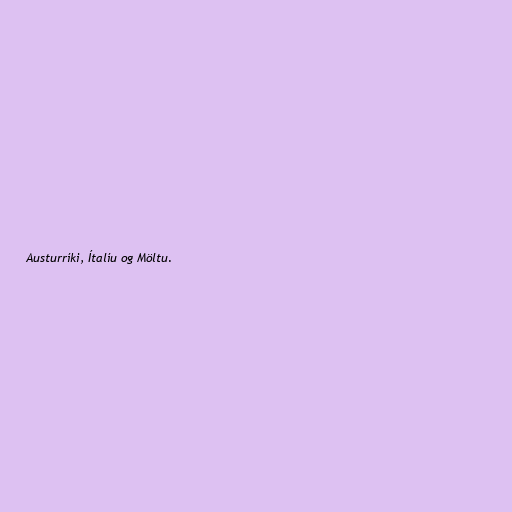
Austurríki, Ítalíu og Möltu.